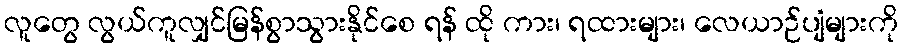
လူတွေ လွယ်ကူလျှင်မြန်စွာသွားနိုင်စေ ရန် ထို ကား၊ ရထားများ၊ လေယာဉ်ပျံများကို